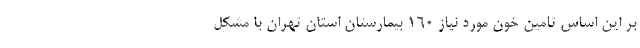
بر این اساس تامین خون مورد نیاز ۱۶۰ بیمارستان استان تهران با مشکل